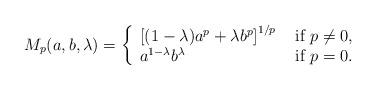
LaTeX: \begin{align*}M_p(a,b,\lambda)=\left\{\begin{array}{ll}\left[(1-\lambda)a^p+\lambda b^p\right]^{1/p} & \mbox{ if }p\neq0,\\a^{1-\lambda}b^\lambda & \mbox{ if }p=0.\end{array}\right.\end{align*}